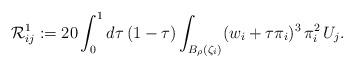
LaTeX: \begin{align*}\mathcal{R}_{ij}^1:=20\int_0^1 d\tau\,(1-\tau)\int_{B_\rho(\zeta_i)}(w_i+\tau\pi_i)^3\,\pi_i^2\,U_j.\end{align*}